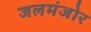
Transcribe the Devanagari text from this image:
जलमंजोर